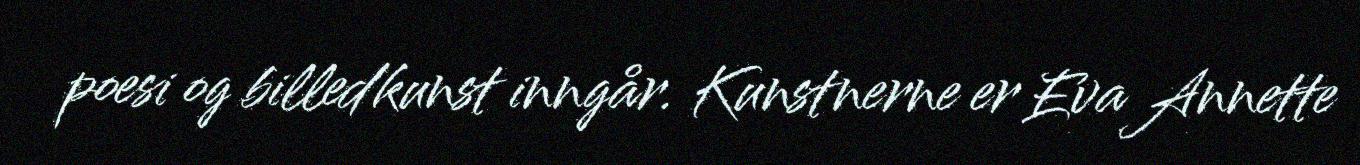
poesi og billedkunst inngår. Kunstnerne er Eva Annette